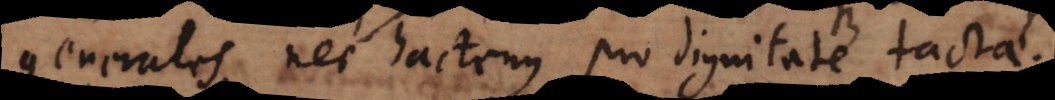
generales, nec hactenus pro dignitate tac